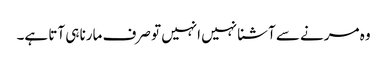
وہ مرنے سے آشنا نہیں انہیں تو صرف مارنا ہی آتا ہے۔